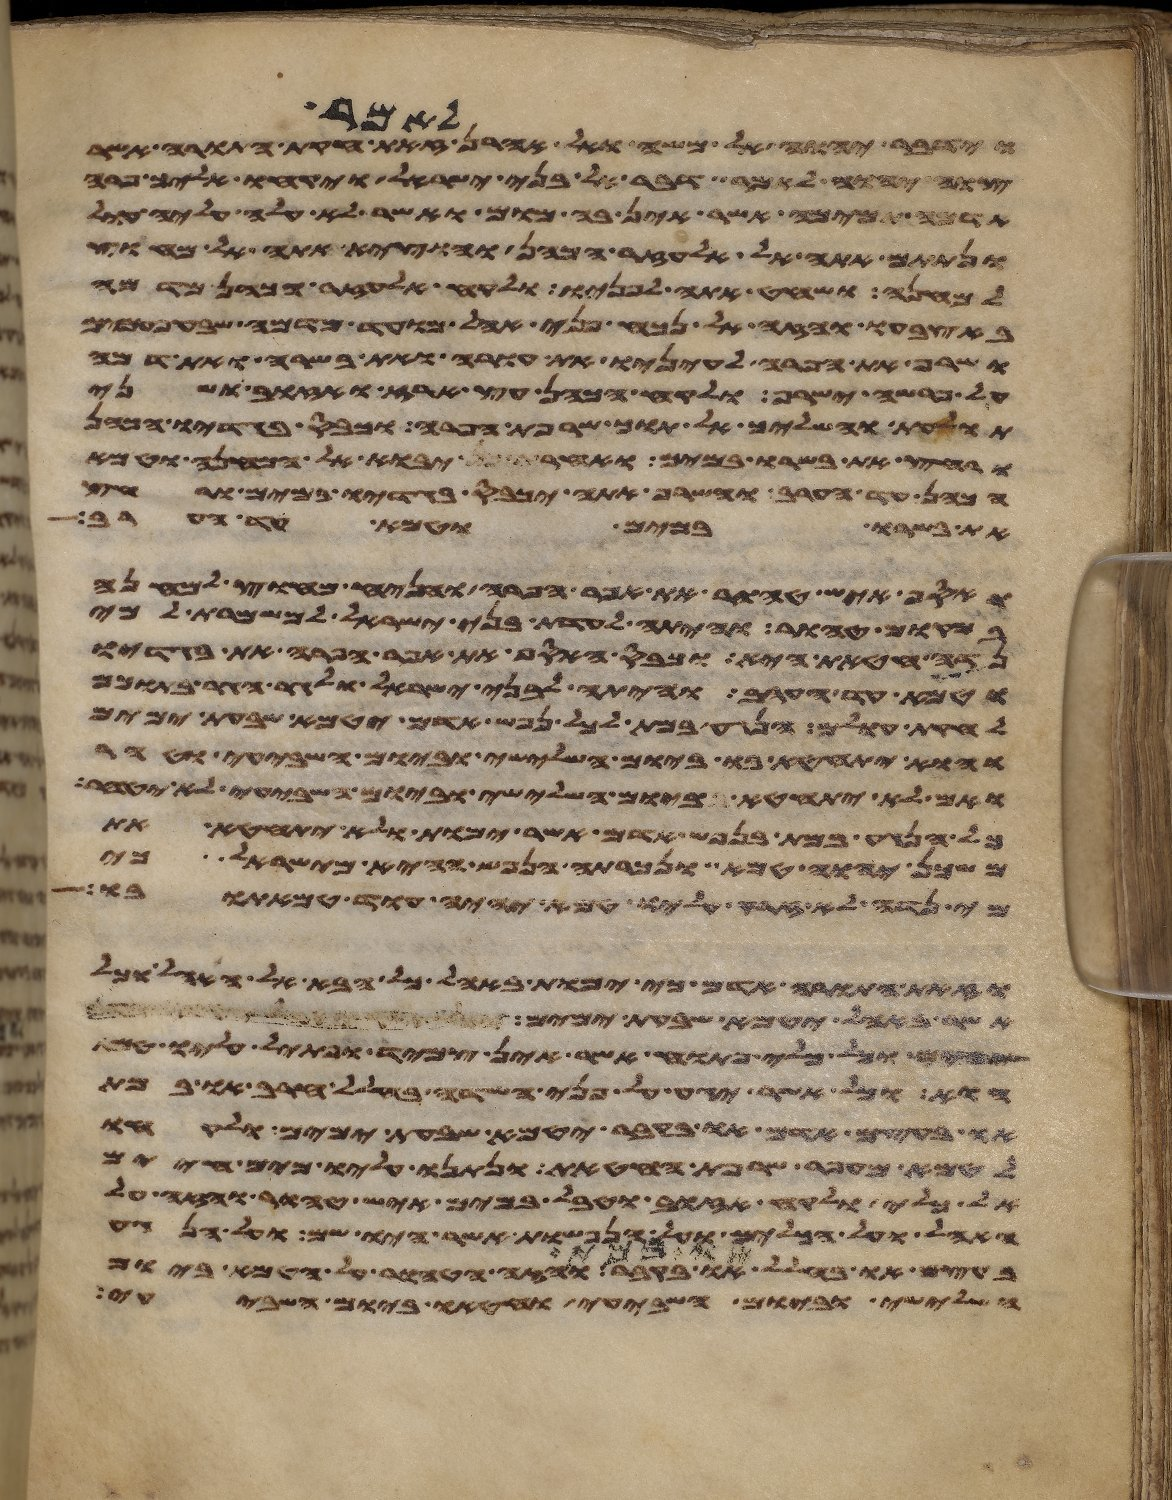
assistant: וידבר יהוה אל משה ואל אהרן לאמר זאת חקות התורה אשר
צוה יהוה לאמר דבר אל בני ישראל ויקחו אליך פרה
אדמה תמימה אשר אין בה מום ואשר לא עלה עליה עול
ונתתם אתה אל אלעזר הכהן והוציא אתה אל מחוץ
למחנה ושחט אתה לפניו ולקח אלעזר הכהן מדמה
באצבעו והזה אל נכח פני אהל מועד מדמה שבע
ושרף את הפרה לעיניו את עורה ואת בשרה ואת דמה
על פרשה ישרף ולקח הכהן עץ ארז ואזוב ושני
תולעת והשליך אל תוך שרפת הפרה וכבס בגדיו הכהן
ורחץ את בשרו במים ואחר יבוא אל המחנה וטמא
הכהן עד הערב והשרף אתה יכבס בגדיו במים ורחץ
את בשרו במים וטמא עד הערב
ואסף איש טהור את אפר הפרה והניח מחוץ למחנה
במקום טהור והיתה לעדת בני ישראל למשמרת למי
נדה חטאת היא וכבס האסף את אפר הפרה את בגדיו
וטמא עד הערב והיתה לבני ישראל ולגר הגר בתוכם
לחקות עולם הנגע במת לכל נפש אדם יטמא שבעת ימים
והוא יתחטא בו ביום השלישי וביום השביעי וטהר
ואם לא יתחטא ביום השלישי וביום השביעי לא יטהר
כל הנגע במת בנפש אדם אשר ימות ולא יתחטא את
משכן יהוה טמא ונכרתה הנפש ההיא מישראל כי
מי נדה לא זרק עליו טמא יהיה עוד טמאתו בו
וזאת התורה אדם כי ימות באהל כל הבא אל האהל וכל
אשר באהל יטמא שבעת ימים וכל כלי
וכל כלי פתוח אשר אין צמיד ופתיל עליו טמא
הוא וכל אשר יגע על פני השדה בחלל חרב או במת
או בעצם אדם או בקבר יטמא שבעת ימים ולקחו
לטמא מעפר שרפת החטאת ונתנו עליו מים חיים
כלי ולקח אזוב וטבל במים איש טהור והזה על
האהל ועל הכלים ועל הנפשות אשר היו שם ועל הנגע
בעצם או בחלל או במת או בקבר והזה הטהור על הטמא ביום
השלישי וביום השביעי וחטאו ביום השביעי